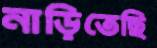
নাড়িতেছি